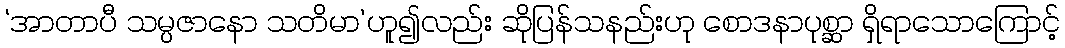
‘အာတာပီ သမ္ပဇာနော သတိမာ’ဟူ၍လည်း ဆိုပြန်သနည်းဟု စောဒနာပုစ္ဆာ ရှိရာသောကြောင့်